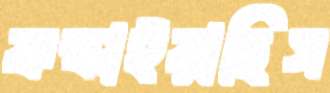
ফস্‌কাইয়াছিস